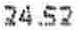
24.52